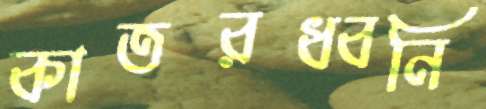
কাতরধ্বনি